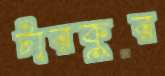
টারকুর